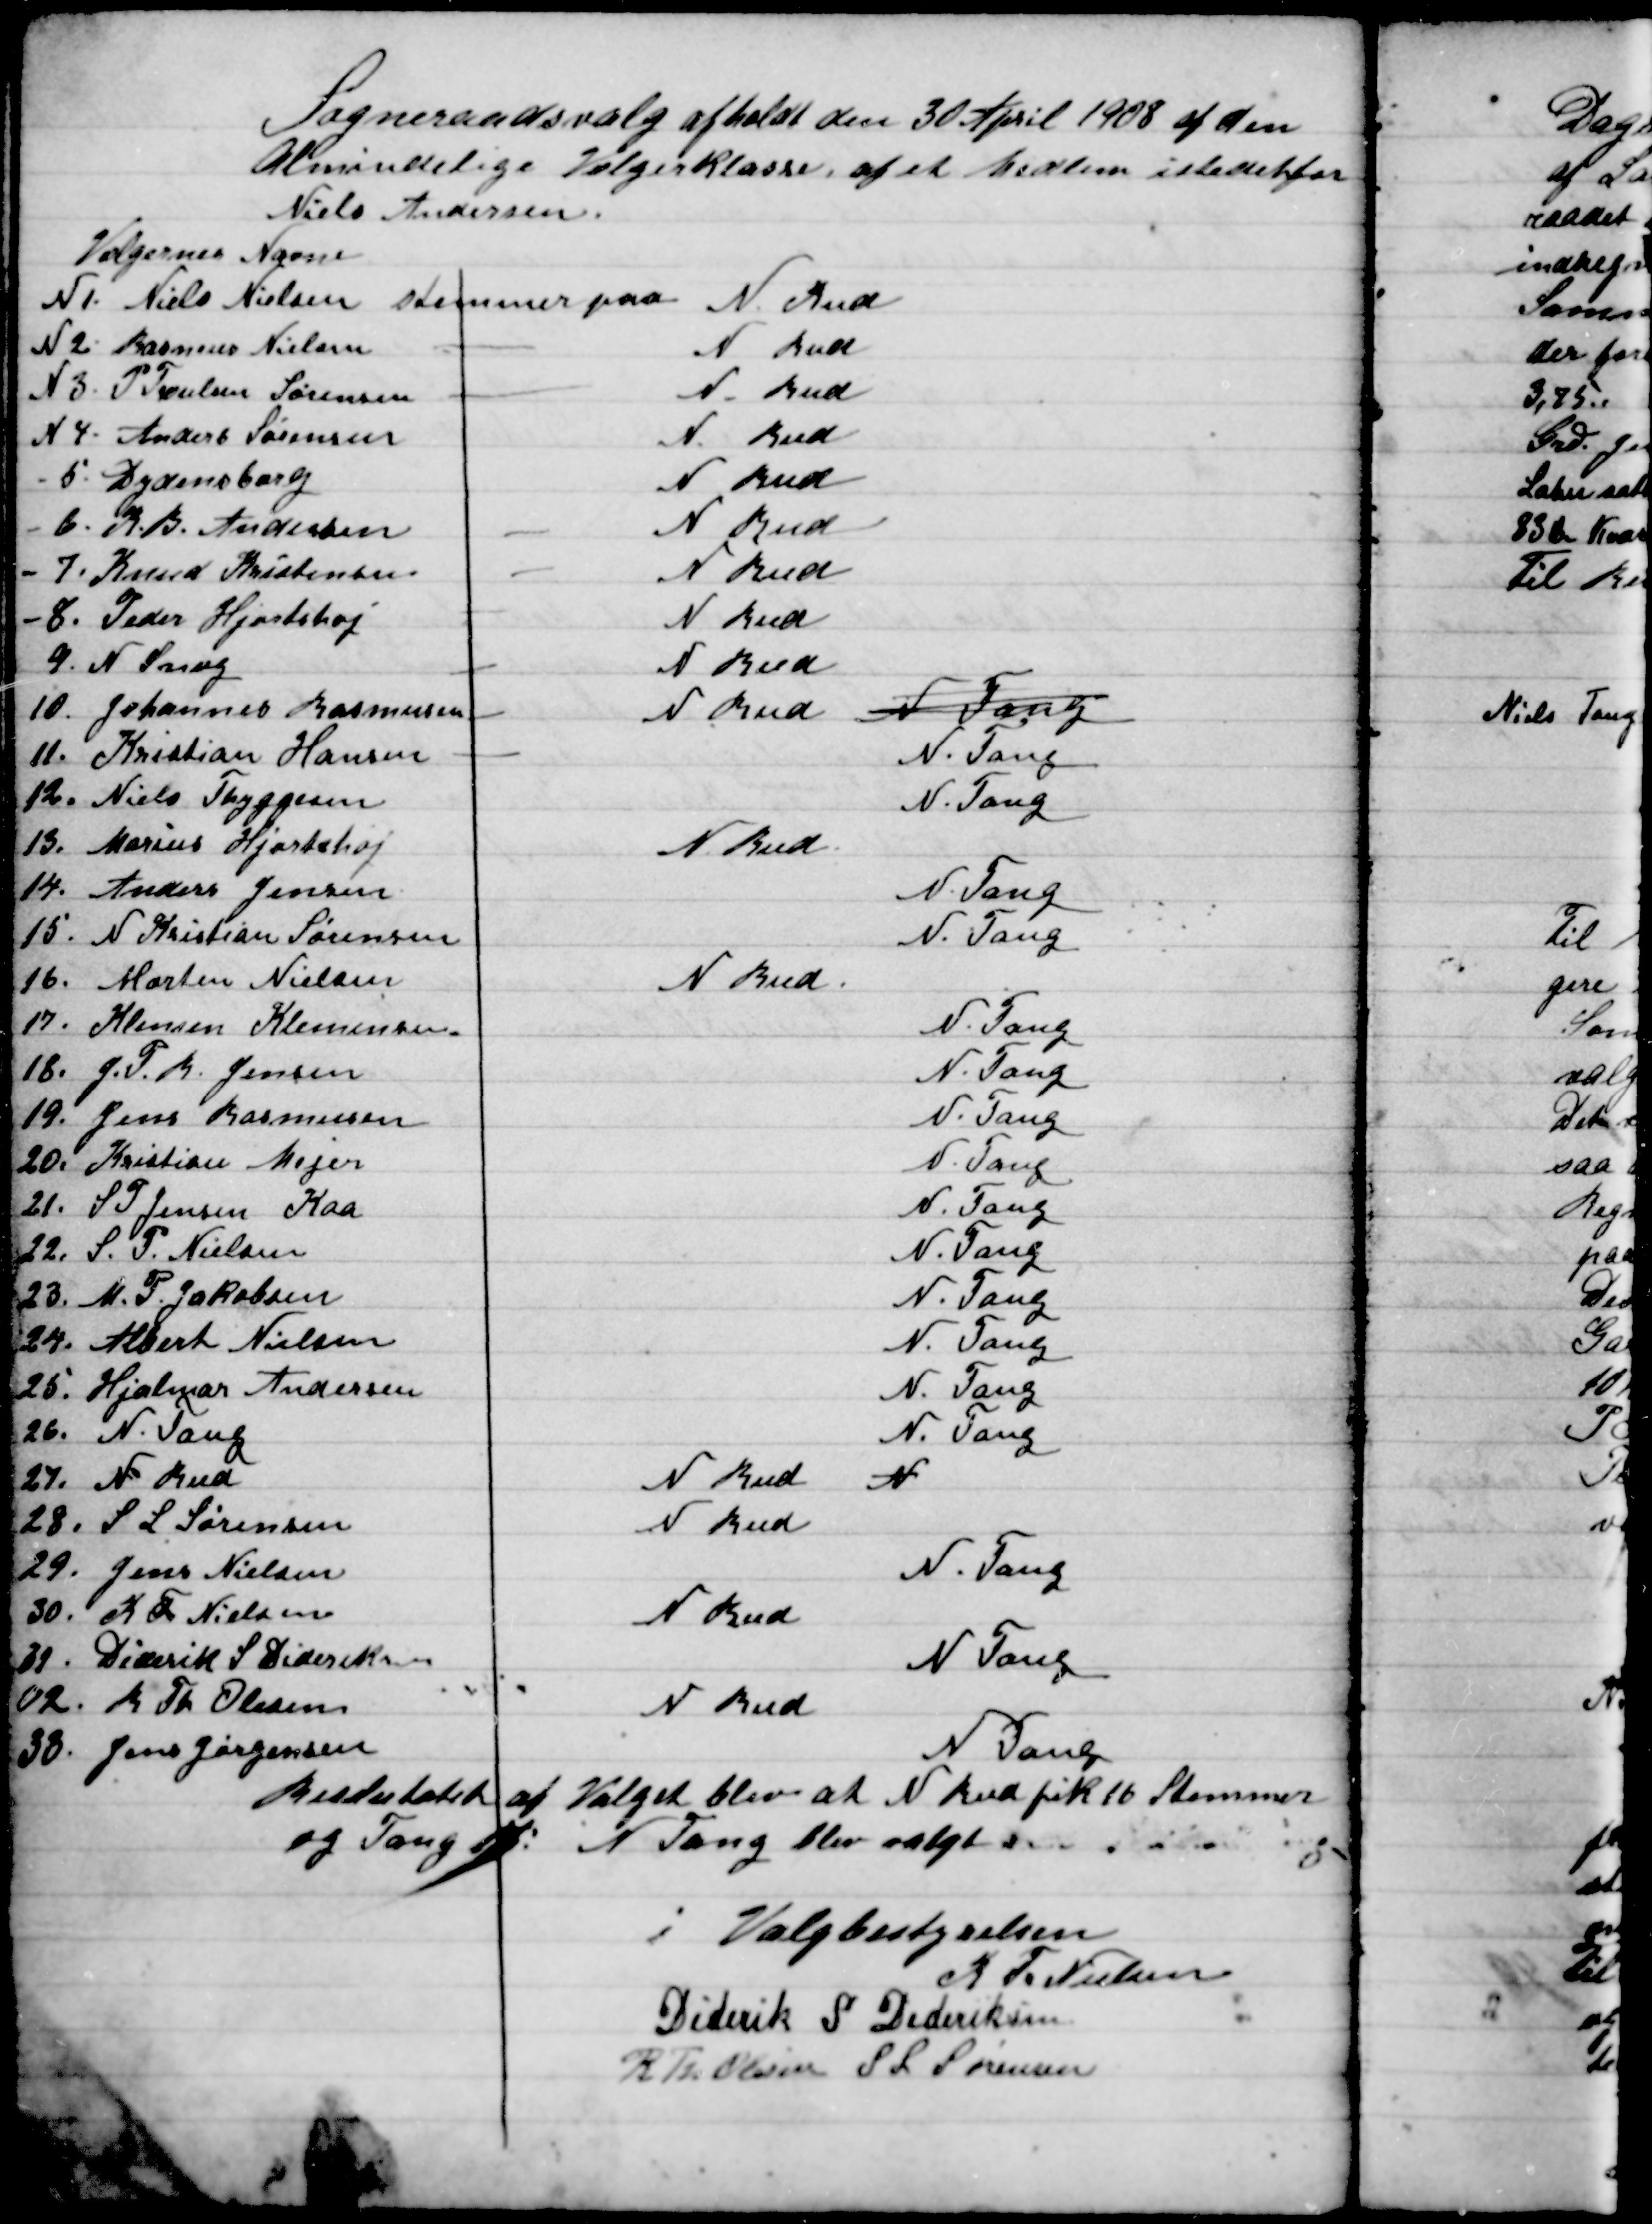
Transskription:
Sogneraadsvalg afholdt den 30 April 1908 af den
Almindelige vælgerklasse af et Medlem i stedet for
Niels Andersen.

Besluttedes af Valget blev at N. Rud fik 16 Stemmer
og Tang 17: N. Tang blev valgt

I Valgbestyrelsen

R. Fr. Nielsen, 
Diderik S. Dideriksen, 
R. Fr. Olesen
S. L. Sørensen